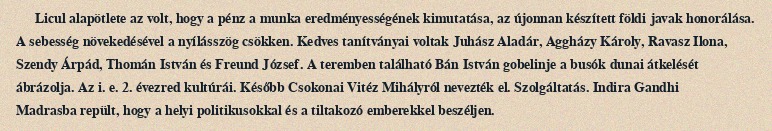
Licul alapötlete az volt, hogy a pénz a munka eredményességének kimutatása, az újonnan készített földi javak honorálása. A sebesség növekedésével a nyílásszög csökken. Kedves tanítványai voltak Juhász Aladár, Aggházy Károly, Ravasz Ilona, Szendy Árpád, Thomán István és Freund József. A teremben található Bán István gobelinje a busók dunai átkelését ábrázolja. Az i. e. 2. évezred kultúrái. Később Csokonai Vitéz Mihályról nevezték el. Szolgáltatás. Indira Gandhi Madrasba repült, hogy a helyi politikusokkal és a tiltakozó emberekkel beszéljen.